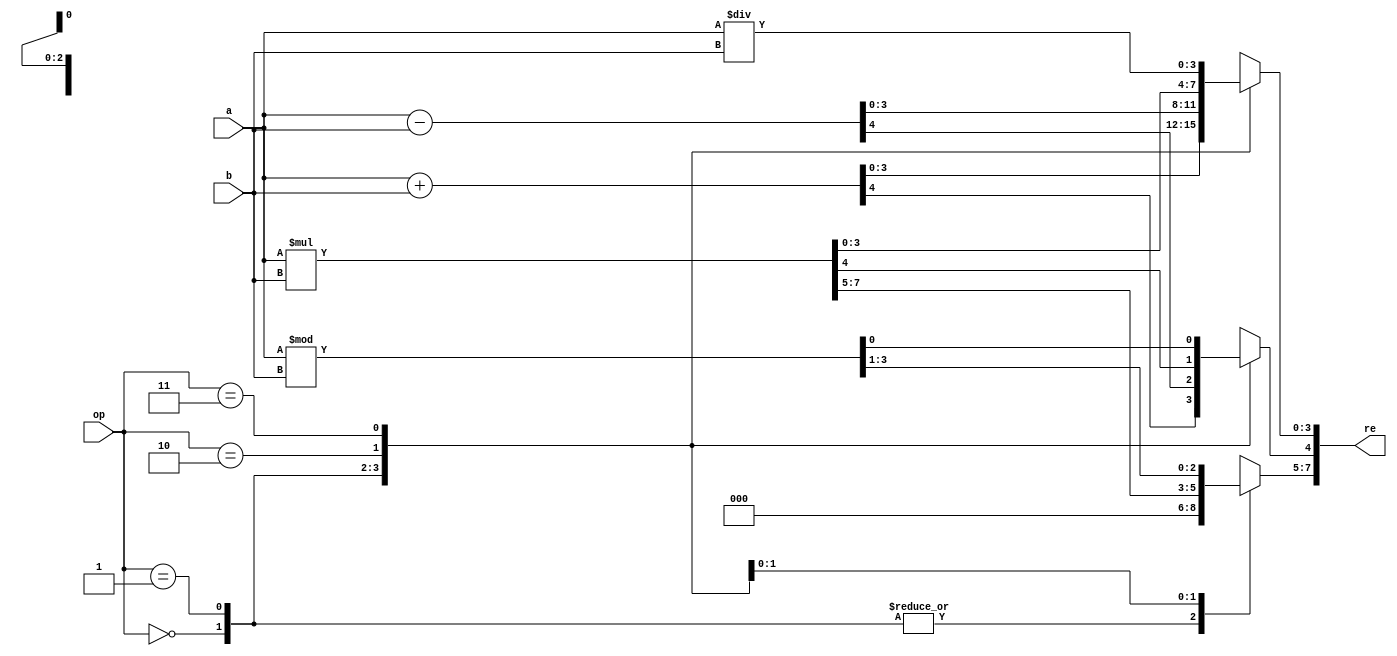
`timescale 1ns / 1ps
//////////////////////////////////////////////////////////////////////////////////
// Company: 
// Engineer: 
// 
// Design Name: 
// Module Name: ALU
// Project Name: 
// Target Devices: 
// Tool Versions: 
// Description: 
// 
// Dependencies: 
// 
// Revision:
// Revision 0.01 - File Created
// Additional Comments:
// 
//////////////////////////////////////////////////////////////////////////////////


module ALU(a, b, op, re);
  input [3:0] a, b;
  input [1:0] op;
  output reg [7:0] re;
  always @* begin
    case (op)
      2'b00: begin
        re[4:0] = a + b;
        re[7:5] = 3'b000;
      end
      2'b01: begin
        re[4:0] = a - b;
        re[7:5] = 3'b000;
      end
      2'b10: begin
        re[7:0] = a * b;
      end
      2'b11:begin
        re[3:0]=a/b;
        re[7:4]=a%b;
      end
      default: begin
        re = 9'b0;
      end
    endcase
  end
endmodule